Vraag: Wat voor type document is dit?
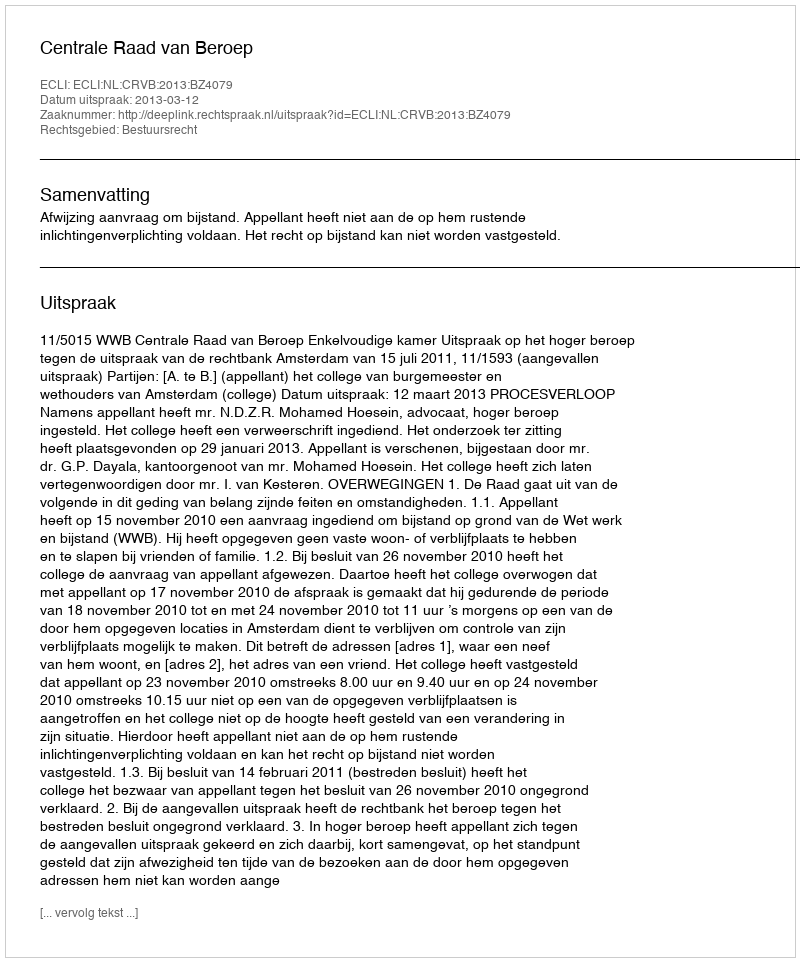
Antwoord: Uitspraak